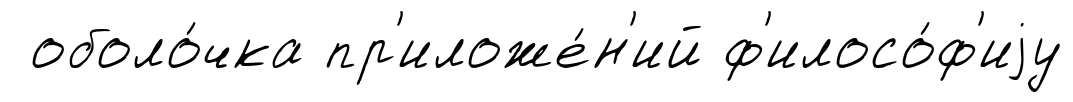
оболо́чка пр'иложе́н'ий ф'илосо́ф'иjу